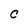
Character: C